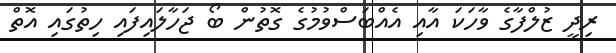
ރިދީ ޒުލްފާގެ ވާހަކަ އާއި އެއްބަސްވުމުގެ ގޮތުން ބޯ ޖަހާލައިފައި ހިތުގައި އޮތް